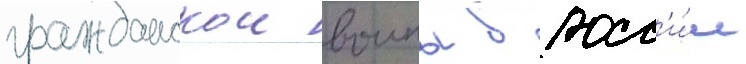
гражданскои воины в росс'и́и